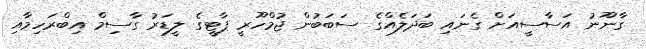
ގާނޫނު އަސާސީއަށް ގެނައި ބަދަލެއްގެ ސަބަބުން ޖުމްހޫރީ ޕާޓީގެ ލީޑަރު ގާސިމް އިބްރަހިމާއި